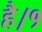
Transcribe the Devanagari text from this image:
है।१